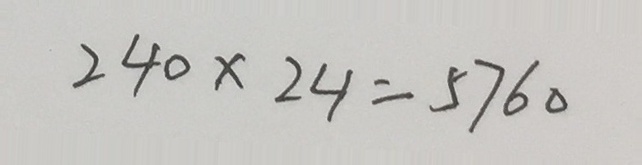
2 4 0 \times 2 4 = 5 7 6 0